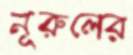
নূরুলের